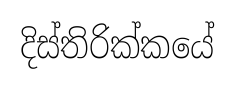
දිස්තිරික්කයේ